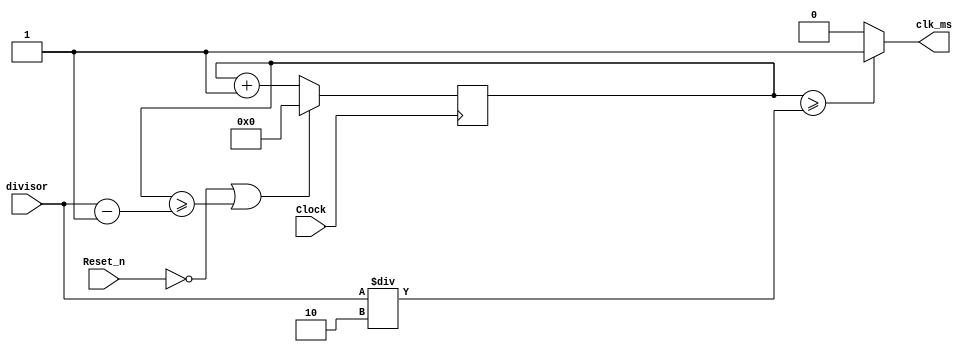
module clock_divider(
	input Clock, Reset_n,
	input [19:0] divisor,
	output clk_ms
	);
	
	reg [19:0] cntr;
	
	always @(posedge Clock)
	begin
	
		if ((Reset_n==1'b0)||(cntr >= (divisor-20'b1))) cntr[19:0] <= 20'd0;
		else cntr[19:0] <= cntr[19:0] + 20'd1;
		
	end
	assign clk_ms = (cntr[19:0]>=(divisor/2))?1'b1:1'b0;
	
endmodule